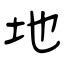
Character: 地